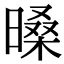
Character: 𣉕